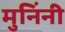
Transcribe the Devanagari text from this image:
मुनिंनी